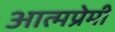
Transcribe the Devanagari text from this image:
आत्मप्रेमी